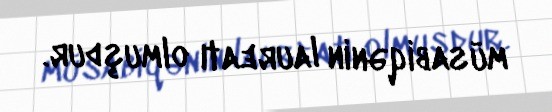
müsabiqənin laureatı olmuşdur.